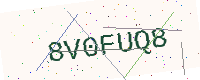
Text: 8V0FUQ8